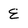
Character: E